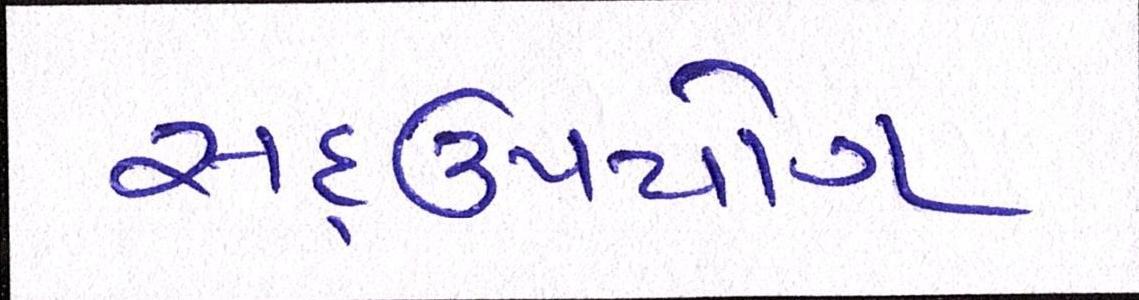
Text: સદ્ઉપયોગ